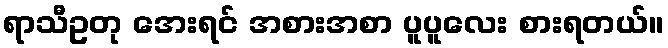
ရာသီဥတု အေးရင် အစားအစာ ပူပူလေး စားရတယ်။